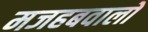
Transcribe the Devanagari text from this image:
मजहबवालों